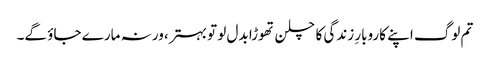
تم لوگ اپنے کاروبارِ زندگی کا چلن تھوڑا بدل لو تو بہتر، ورنہ مارے جاؤ گے۔